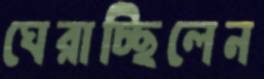
ঘেরাচ্ছিলেন